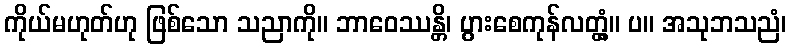
ကိုယ်မဟုတ်ဟု ဖြစ်သော သညာကို။ ဘာဝေဿန္တိ၊ ပွားစေကုန်လတ္တံ့။ ပ။ အသုဘသညံ၊